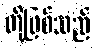
တို့ဖြစ်သည်